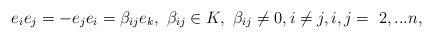
\begin{align*}e_{i}e_{j}=-e_{j}e_{i}=\beta _{ij}e_{k},\,\,\beta _{ij}\in K,\,\,\beta_{ij}\neq 0,i\neq j,i,j=\,\,2,...n, \end{align*}